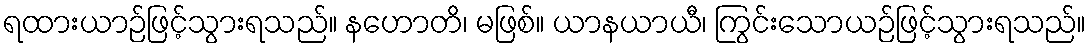
ရထားယာဉ်ဖြင့်သွားရသည်။ နဟောတိ၊ မဖြစ်။ ယာနယာယီ၊ ကြွင်းသောယဉ်ဖြင့်သွားရသည်။